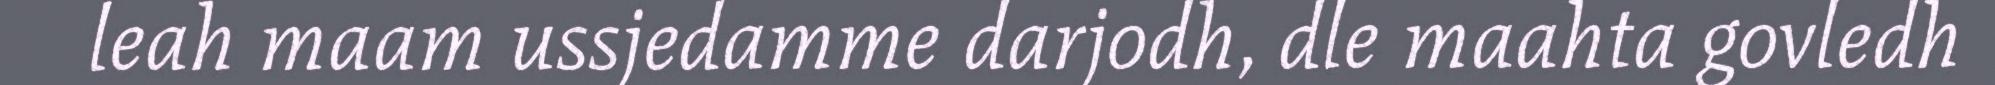
leah maam ussjedamme darjodh, dle maahta govledh